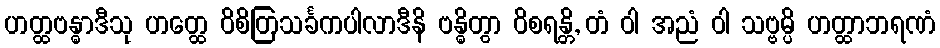
ဟတ္ထဗန္ဓာဒီသု ဟတ္ထေ ဝိစိတြသင်္ခကပါလာဒီနိ ဗန္ဓိတွာ ဝိစရန္တိ, တံ ဝါ အညံ ဝါ သဗ္ဗမ္ပိ ဟတ္ထာဘရဏံ